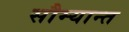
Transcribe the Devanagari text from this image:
सौम्यान्त